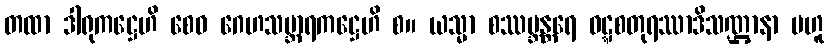
တထာ ဒါရုကဋ္ဌေဟိ စေဝ ဂေဟသမ္ဘာရကဋ္ဌေဟိ စ။ ယသ္မာ စဿဗ္ဘန္တရေ ဝဋ္ဋစတုရဿာဒိသဏ္ဌာနာ ဗဟူ